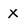
Character: X